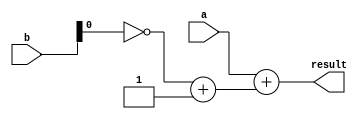
`timescale 1ns / 1ps
//////////////////////////////////////////////////////////////////////////////////
// Company: 
// Engineer: 
// 
// Design Name: 
// Module Name: SUBTRACTOR_8_BIT
// Project Name: 
// Target Devices: 
// Tool Versions: 
// Description: 
// 
// Dependencies: 
// 
// Revision:
// Revision 0.01 - File Created
// Additional Comments:
// 
//////////////////////////////////////////////////////////////////////////////////


module SUBTRACTOR_8_BIT(
    input [7:0] a,
    input [7:0] b,
    output reg [7:0] result
    );
    
    reg neg_b;
    always@(a or b)
    begin
    neg_b = ~ b + 1;
    result = a + neg_b;
    end
endmodule

module testbench;
reg [7:0] a,b;
wire [7:0] result;
SUBTRACTOR_8_BIT dut(a,b,result);

initial 
begin
$monitor("a=%b b=%b result=%b",a,b,result);
#100 a[0]=1; a[1]=0; a[2]=1; a[3]=0; a[4]=1; a[5]=0; a[6]=1; a[7]=0;
     b[0]=1; b[1]=1; b[2]=0; b[3]=1; b[4]=0; b[5]=1; b[6]=1; b[7]=1;
#300 a[0]=0; a[1]=0; a[2]=0; a[3]=1; a[4]=1; a[5]=0; a[6]=1; a[7]=0;
     b[0]=1; b[1]=1; b[2]=1; b[3]=0; b[4]=1; b[5]=1; b[6]=1; b[7]=1;
     end
     endmodule